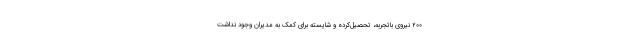
۲۰۰ نیروی باتجربه، تحصیل‌کرده و شایسته برای کمک به مدیران وجود نداشت